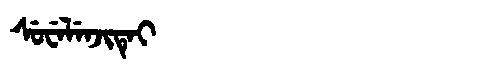
Manchu: ᠰᡠᠸᡝᠯᡝᠨᠵᡳᡨᡝᡳ
Romanization: SUWELENJITEI